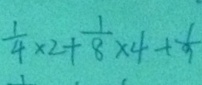
\frac { 1 } { 4 } \times 2 + \frac { 1 } { 8 } \times 4 + \frac { 1 } { 9 }